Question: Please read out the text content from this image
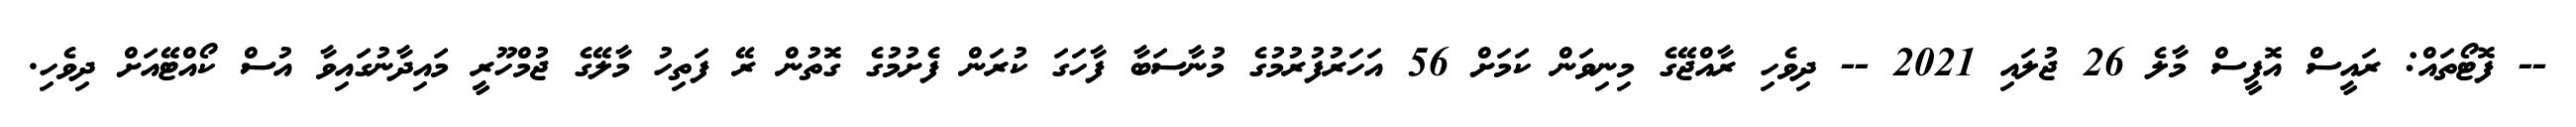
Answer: -- ފޮޓޯތައް: ރައީސް އޮފީސް މާލެ 26 ޖުލައި 2021 -- ދިވެހި ރާއްޖޭގެ މިނިވަން ކަމަށް 56 އަހަރުފުރުމުގެ މުނާސަބާ ފާހަގަ ކުރަން ފެށުމުގެ ގޮތުން ރޭ ފަތިހު މާލޭގެ ޖުމްހޫރީ މައިދާނުގައިވާ އުސް ކޯއްޓޭއަށް ދިވެހި.